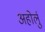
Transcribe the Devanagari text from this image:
अहोर्लु